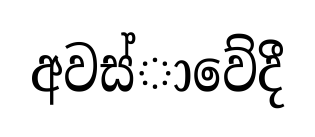
අවස්ාවේදී